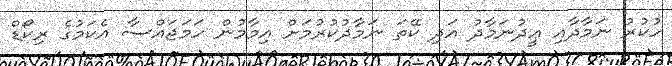
ހުކުރު ނަމާދާއި ޢީދުނަމާދު އަދި ކޭތަ ނަމާދުކުރުމަށް އިމާމުން ހަމަޖައްސާ އެކަމުގެ ރިކޯޑް